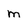
Character: m